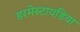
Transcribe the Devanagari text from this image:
डरमेस्टायडिया